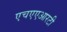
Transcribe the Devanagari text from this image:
एचएएआरटी